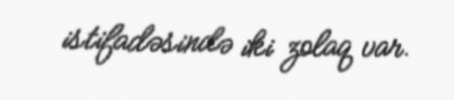
istifadəsində iki zolaq var.